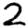
Digit: 2